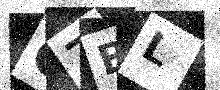
Text: O7BL